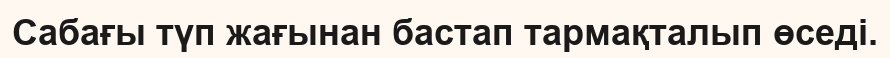
Сабағы түп жағынан бастап тармақталып өседі.